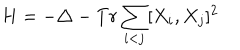
LaTeX: H = - \triangle - T r \sum _ { i < j } [ X _ { i } , X _ { j } ] ^ { 2 }